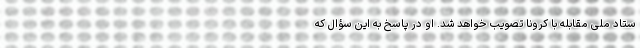
ستاد ملی مقابله با کرونا تصویب خواهد شد. او در پاسخ به این سؤال که